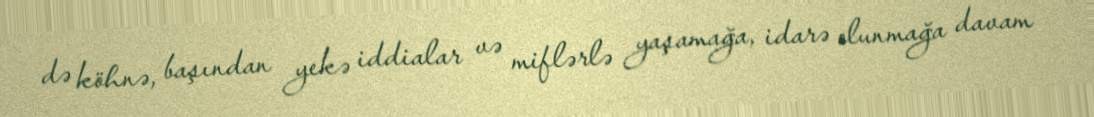
də köhnə, başından yekə iddialar və miflərlə yaşamağa, idarə olunmağa davam